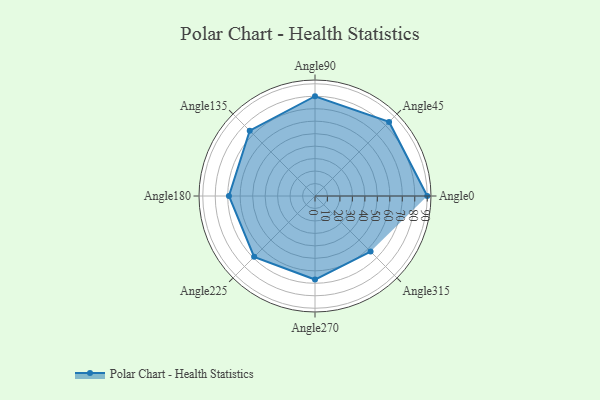
{"axis": {"x": "Angle", "y": "Radius"}, "legend": [""], "data": [{"x": "Angle0", "y": 90.0, "type": ""}, {"x": "Angle45", "y": 84.0, "type": ""}, {"x": "Angle90", "y": 80.0, "type": ""}, {"x": "Angle135", "y": 74.0, "type": ""}, {"x": "Angle180", "y": 69.0, "type": ""}, {"x": "Angle225", "y": 69.0, "type": ""}, {"x": "Angle270", "y": 67.0, "type": ""}, {"x": "Angle315", "y": 63.0, "type": ""}]}